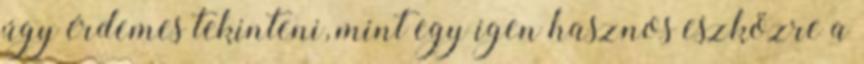
úgy érdemes tekinteni, mint egy igen hasznos eszközre a